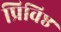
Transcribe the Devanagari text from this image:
प्रिविष्ठ